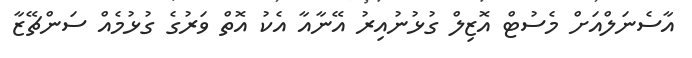
އާސެނަލްއަށް މެސުޓް އޮޒިލް ގުޅުނުއިރު އޭނާއާ އެކު އޮތް ވަރުގެ ގުޅުމެއް ސަންޗޭޒާ